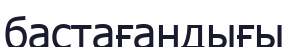
бастағандығы